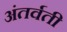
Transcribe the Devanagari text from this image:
अंतर्वती